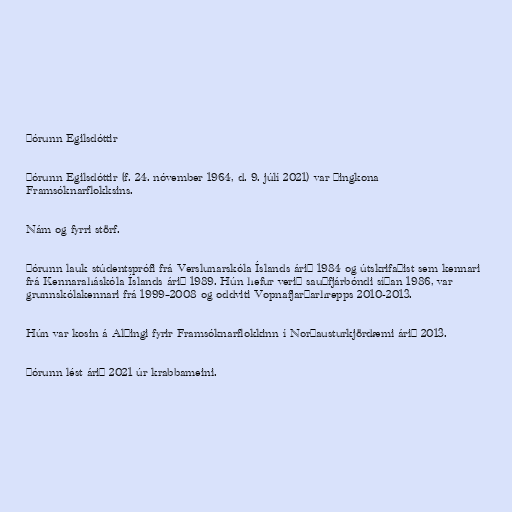
Þórunn Egilsdóttir

Þórunn Egilsdóttir (f. 24. nóvember 1964, d. 9. júlí 2021) var þingkona
Framsóknarflokksins.

Nám og fyrri störf.

Þórunn lauk stúdentsprófi frá Verslunarskóla Íslands árið 1984 og útskrifaðist sem kennari
frá Kennaraháskóla Íslands árið 1989. Hún hefur verið sauðfjárbóndi síðan 1986, var
grunnskólakennari frá 1999–2008 og oddviti Vopnafjarðarhrepps 2010-2013.

Hún var kosin á Alþingi fyrir Framsóknarflokkinn í Norðausturkjördæmi árið 2013.

Þórunn lést árið 2021 úr krabbameini.